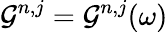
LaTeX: \mathcal{G}^{n,j}=\mathcal{G}^{n,j}(\omega)